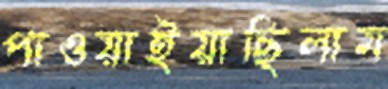
পাওয়াইয়াছিলাম